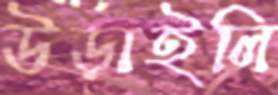
উড়াইলি